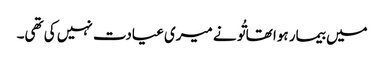
میں بیمار ہوا تھا تُو نے میری عیادت نہیں کی تھی۔